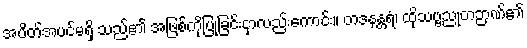
အပိတ်အပင်မရှိ သည်၏ အဖြစ်ကိုပြုခြင်းငှာလည်းကောင်း။ တဒနန္တရံ၊ ထိုသဗ္ဗညုတဉာဏ်၏